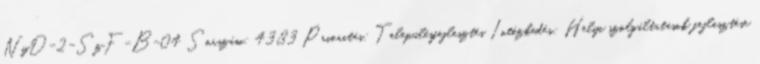
NyD-2-SzF-B-04 Sorszám: 4383 Prioritás: Településfejlesztés Intézkedés: Helyi szolgáltatások fejlesztése